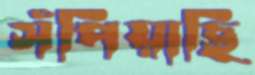
সঁপিয়াছি